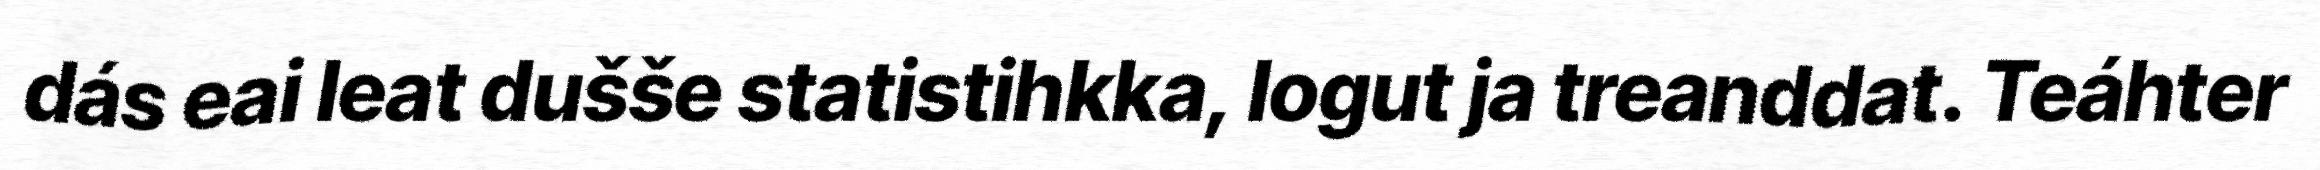
dás eai leat dušše statistihkka, logut ja treanddat. Teáhter